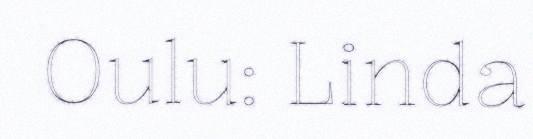
Oulu: Linda